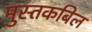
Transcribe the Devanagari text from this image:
मुस्तकबिल